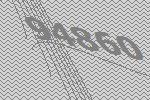
94860